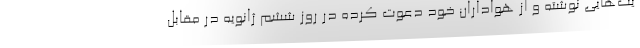
یت‌هایی نوشته و از هواداران خود دعوت کرده در روز ششم ژانویه در مقابل